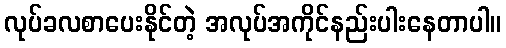
လုပ်ခလစာပေးနိုင်တဲ့ အလုပ်အကိုင်နည်းပါးနေတာပါ။